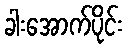
ခါးအောက်ပိုင်း